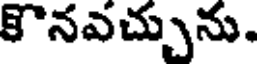
కొనవచ్చును.